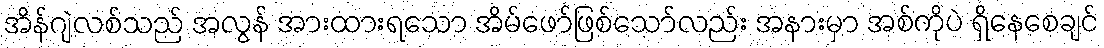
အိန်ဂျဲလစ်သည် အလွန် အားထားရသော အိမ်ဖော်ဖြစ်သော်လည်း အနားမှာ အစ်ကိုပဲ ရှိနေစေချင်